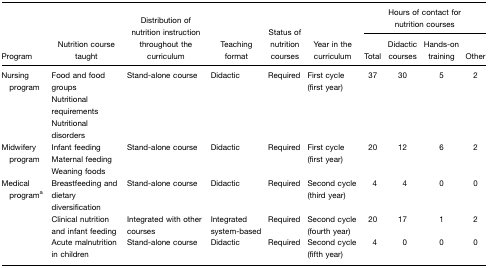
| <ROWSPAN=3> Program | <ROWSPAN=3> Nutrition course taught | <ROWSPAN=3> Distribution of nutrition instruction throughout the curriculum | <ROWSPAN=3> Teaching format | <ROWSPAN=3> Status of nutrition courses | <ROWSPAN=3> Year in the curriculum | <COLSPAN=4> Hours of contact for nutrition courses |
 | Total | Didactic courses | Hands-on training | Other |
 | --- | --- | --- | --- | --- | --- | --- | --- | --- | --- |
 | Nursing program | Food and food groupsNutritional requirementsNutritional disorders | Stand-alone course | Didactic | Required | First cycle (first year) | 37 | 30 | 5 | 2 |
 | Midwifery program | Infant feedingMaternal feedingWeaning foods | Stand-alone course | Didactic | Required | First cycle (first year) | 20 | 12 | 6 | 2 |
 | Medical programa | Breastfeeding and dietary diversification | Stand-alone course | Didactic | Required | Second cycle (third year) | 4 | 4 | 0 | 0 |
 |  | Clinical nutrition and infant feeding | Integrated with other courses | Integrated system-based | Required | Second cycle (fourth year) | 20 | 17 | 1 | 2 |
 |  | Acute malnutrition in children | Stand-alone course | Didactic | Required | Second cycle (fifth year) | 4 | 0 | 0 | 0 |